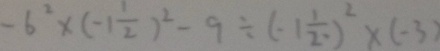
- 6 ^ { 2 } \times ( - 1 \frac { 1 } { 2 } ) ^ { 2 } - 9 \div ( - 1 \frac { 1 } { 2 } ) ^ { 2 } \times ( - 3 )